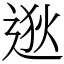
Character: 逖